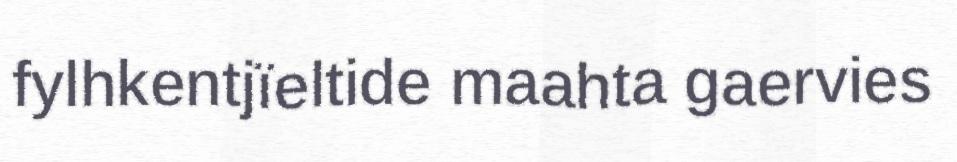
fylhkentjïeltide maahta gaervies